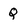
Character: Q